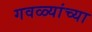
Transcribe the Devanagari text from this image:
गवळ्यांच्या